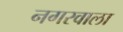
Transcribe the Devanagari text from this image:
नगरवाला